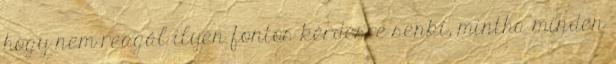
hogy nem reagál ilyen fontos kérdésre senki, mintha minden